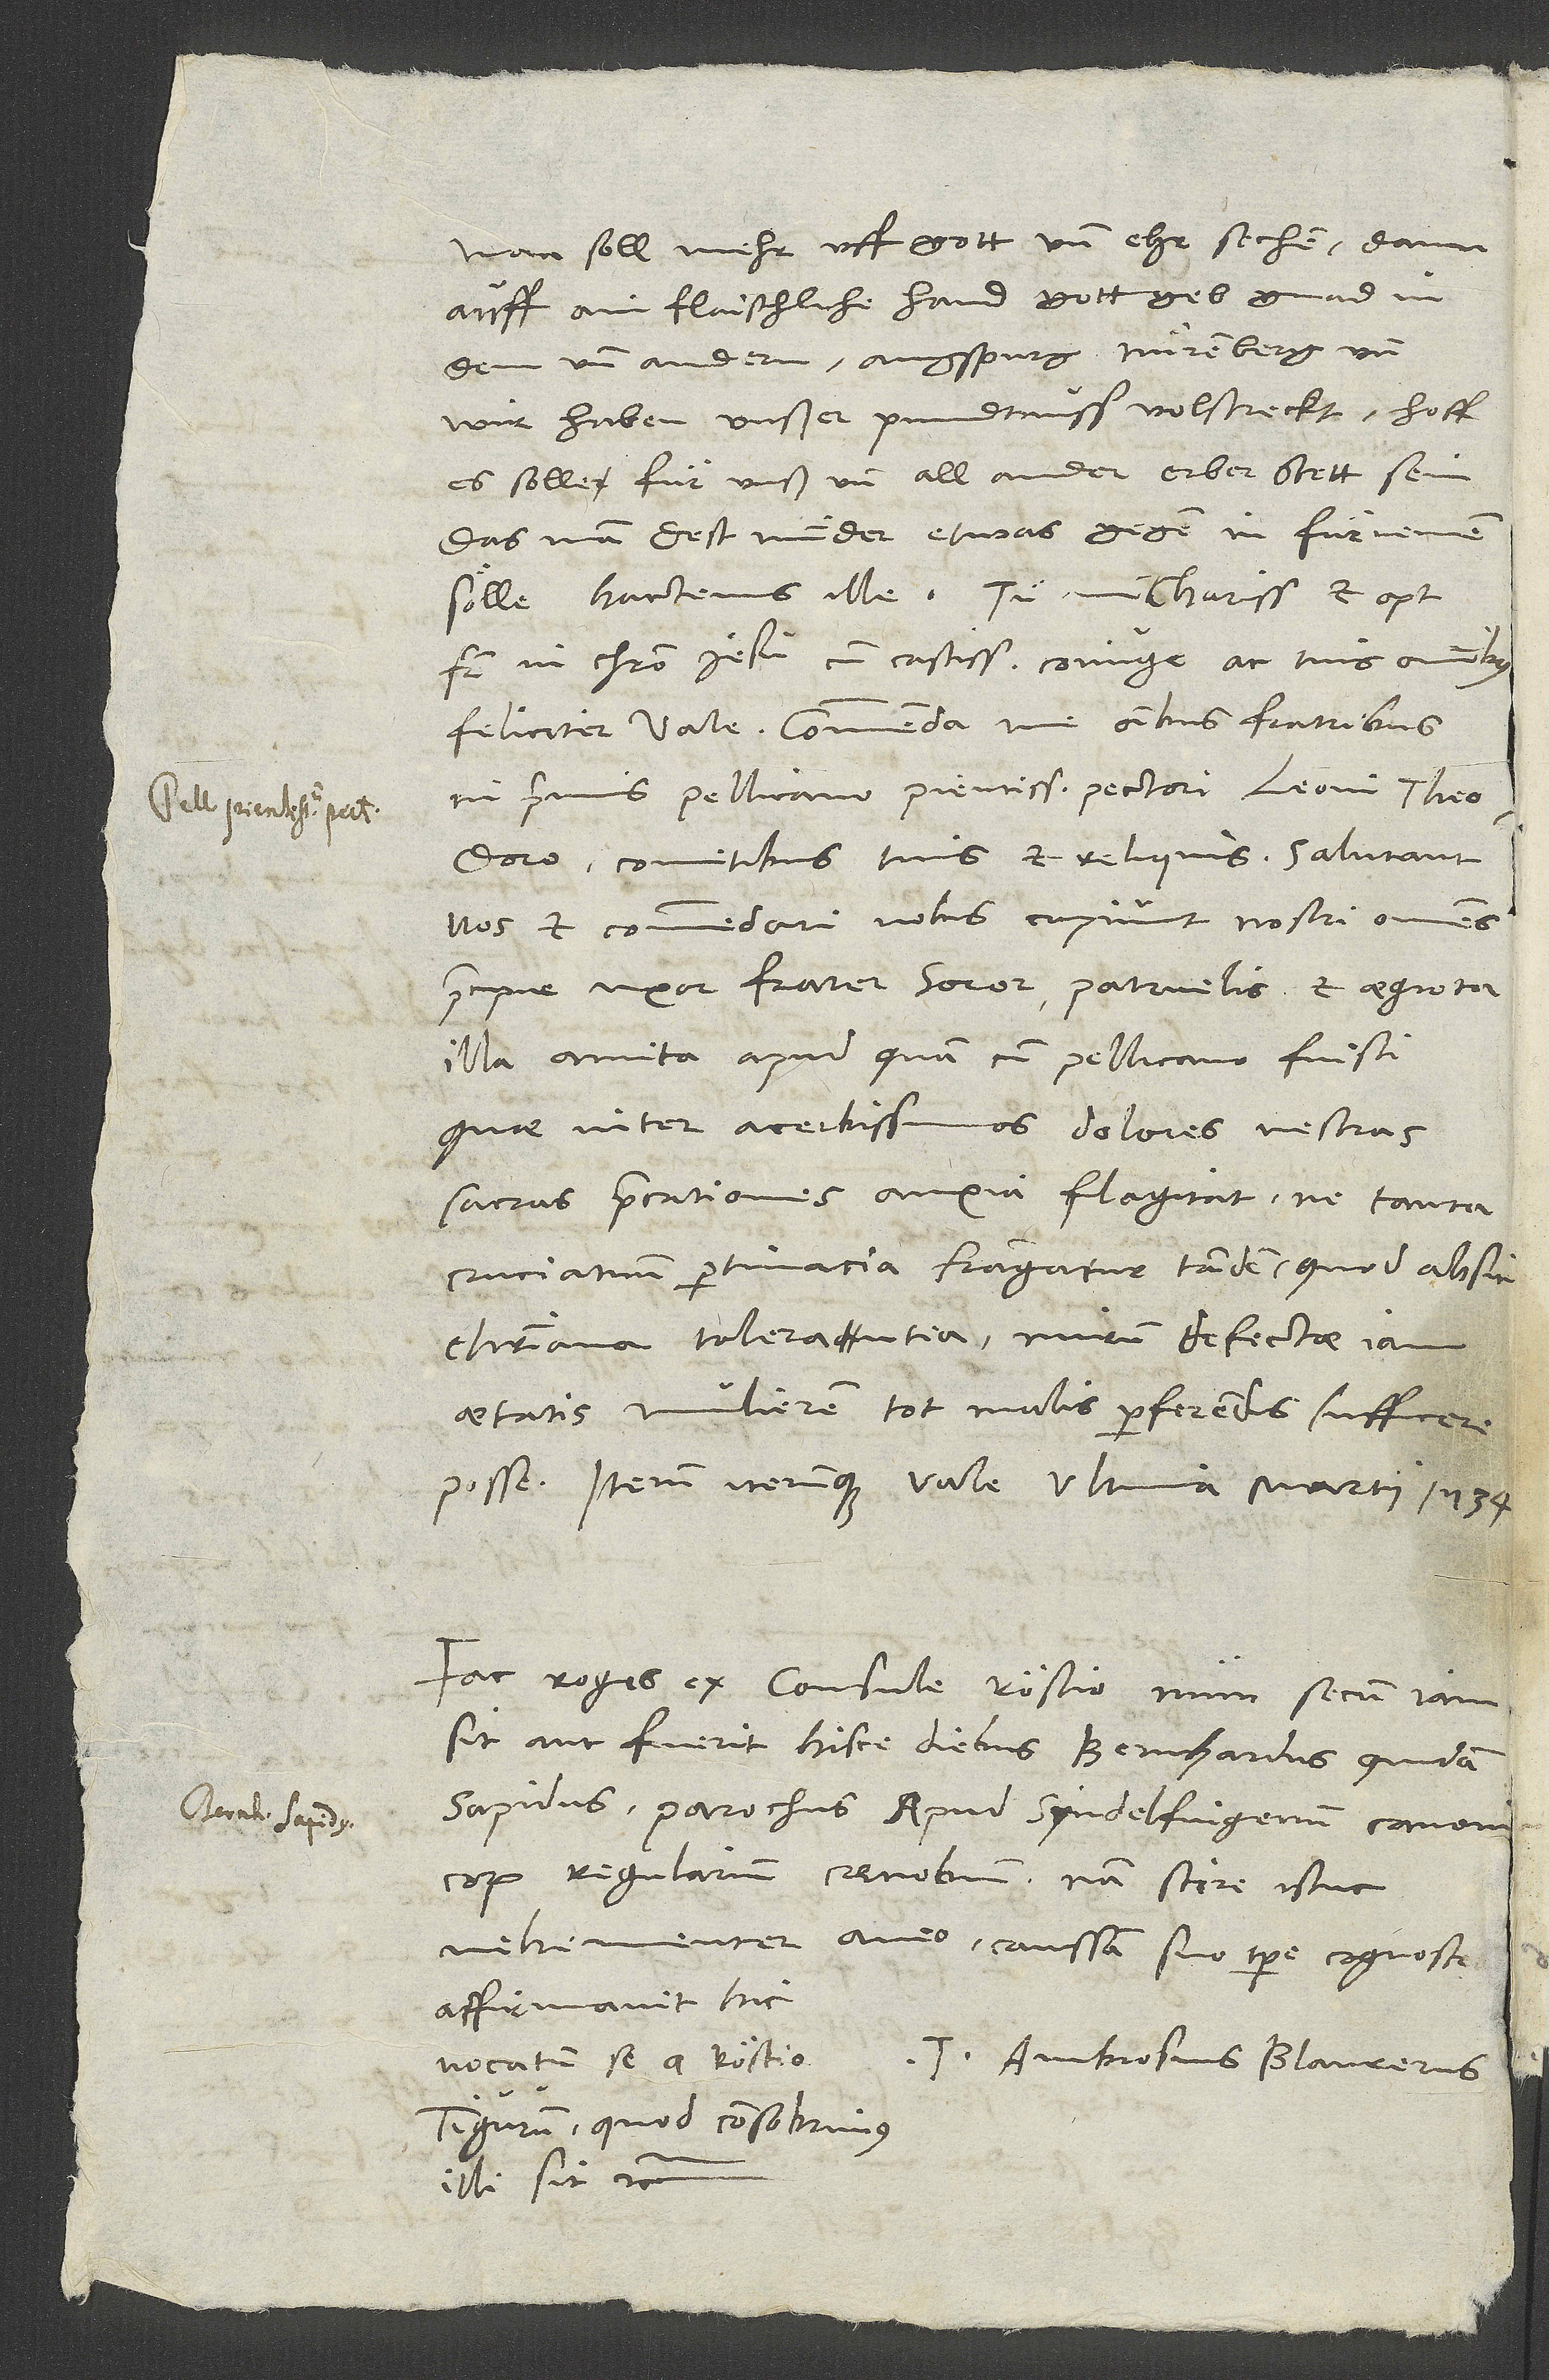
Man soll mehr uff gott und ehr sechen dann
auff ain flaischliche che hand. Gott geb gnad in
dem und andern. Augspurg, Nürenberg und
wir haben unßer pundtnuss volstreckt. Hoff,
es solle für unß und all ander erber stett sein,
das man dest minder etwas gegen in fürnemen
frater in Christo Iesu, cum castissima coniuge ac tuis omnibus
feliciter vale. Commenda me omnibus fratribus,
inprimis Pellicano, pientissimo pectori, Leoni, Theodoro,
comitibus tuis et reliquis. Salutant
vos et commendari vobis cupiunt nostri omnes,
praecipue uxor, frater, soror, patruelis et aegrota
illa amita, apud quam cum Pellicano fuisti,
quae inter acerbissimos dolores vestras
sacras precationes anxia flagitat, ne tanta
cruciatuum pertinacia frangatur tandem, quod absit
christiana tolerantia. Mirum defectae iam
aetatis mulierem tot malis perferendis sufficere
Fac, roges ex consule Röstio, num secum iam
sit aut fuerit hisce diebus Bernhardus quidam
Sapidus, parochus apud Syndelfingenum canonicorum
regularium coenobium. Nam scire istuc
vehementer aveo. Caussam suo tempore cognosces.
Affirmavit hic
vocatum se a Röstio
T. Ambrosius Blaurerus.
Tigurum, quod consobrinus
illi sit etc.